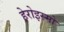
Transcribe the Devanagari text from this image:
हेरोइस्मो